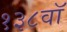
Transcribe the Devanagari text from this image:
१३८वॉ